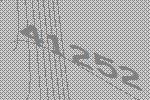
41252